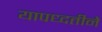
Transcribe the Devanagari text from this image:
यापध्दतीने